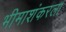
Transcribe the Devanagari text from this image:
भीमाशंकरला